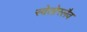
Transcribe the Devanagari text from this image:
स्वेतोस्लैव